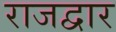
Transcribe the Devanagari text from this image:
राजद्वार